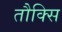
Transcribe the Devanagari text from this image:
तौक्सि